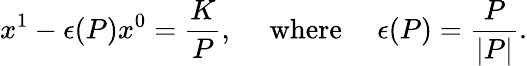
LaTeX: x^{1}-\epsilon(P)x^{0}=\frac{K}{P},~~~~~\mathrm{where}~~~~~\epsilon(P)=\frac{P}{|P|}.